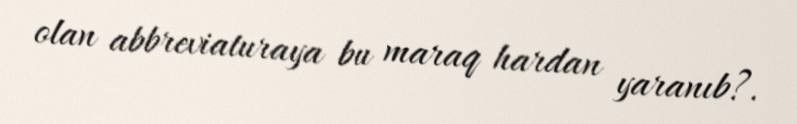
olan abbreviaturaya bu maraq hardan yaranıb?.